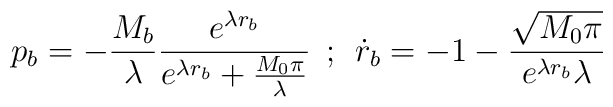
p_b = -\frac{M_b}{\lambda} \frac{e^{\lambda r_b}}{e^{\lambda r_b} +\frac{M_0\pi}{\lambda}} \: \: ; \: \:\dot{r}_b = -1 - \frac{\sqrt{M_0\pi}}{e^{\lambda r_b} \lambda}